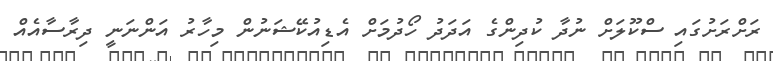
ރަށްރަށުގައި ސްކޫލަށް ނުދާ ކުދިންގެ އަދަދު ހޯދުމަށް އެޑިއުކޭޝަނުން މިހާރު އަންނަނީ ދިރާސާއެއް